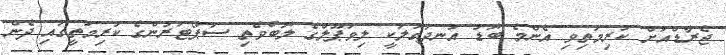
ޖެރާޑްއަށް ކުރިމަތިވި އެންމެ ބޮޑު އުނދަގުލަކީ ލިވަޕޫލްގެ ލޮބުވެތި ސަޕޯޓަރުންގެ ކުރިމަތީގައި ދެން